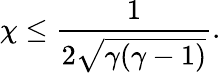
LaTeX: \chi\leq\frac{1}{2\sqrt{\gamma(\gamma-1)}}.